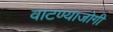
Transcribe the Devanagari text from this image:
वाटण्याजोगी